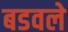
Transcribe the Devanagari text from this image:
बडवले